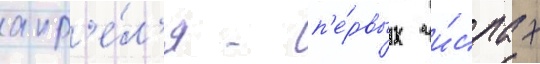
апр'е́л'я - п'е́рвых чи́слах